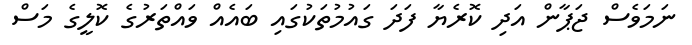
ނަމަވެސް ޖަޕާން އަދި ކޮރެޔާ ފަދަ ގައުމުތަކުގައި ބައެއް ވައްތަރުގެ ކޮލީގެ މަސް